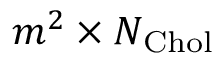
m ^ { 2 } \times N _ { \mathrm { C h o l } }